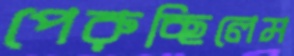
পেরুচ্ছিলেম